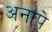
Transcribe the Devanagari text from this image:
अनापे